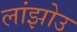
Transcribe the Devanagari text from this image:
लांझोउ